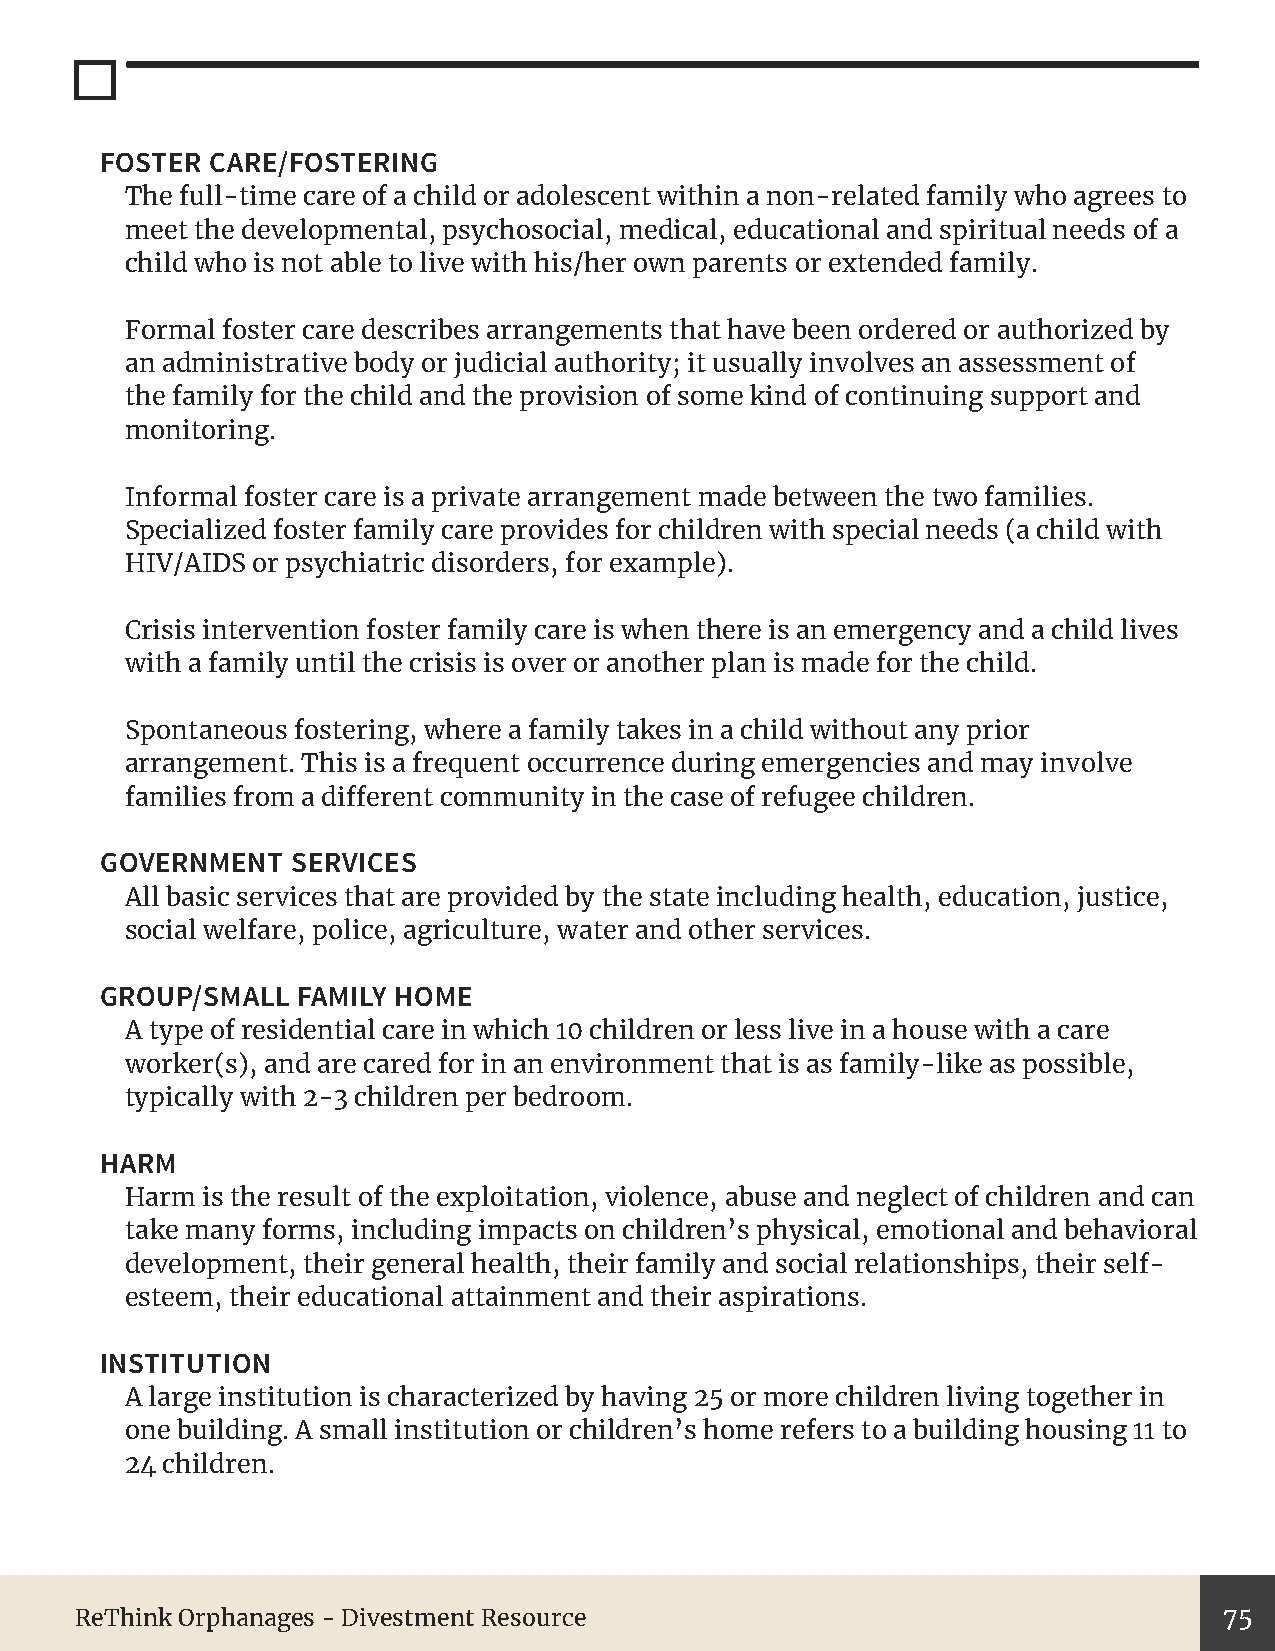
FOSTER CARE/FOSTERING
 The full-time care of a child or adolescent within a non-related family who agrees to
 meet the developmental, psychosocial, medical, educational and spiritual needs of a
 child who is not able to live with his/her own parents or extended family.
 Formal foster care describes arrangements that have been ordered or authorized by
 an administrative body or judicial authority; it usually involves an assessment of
 the family for the child and the provision of some kind of continuing support and
 monitoring.
 Informal foster care is a private arrangement made between the two families.
 Specialized foster family care provides for children with special needs (a child with
 HIV/AIDS or psychiatric disorders, for example).
 Crisis intervention foster family care is when there is an emergency and a child lives
 with a family until the crisis is over or another plan is made for the child.
 Spontaneous fostering, where a family takes in a child without any prior
 arrangement. This is a frequent occurrence during emergencies and may involve
 families from a different community in the case of refugee children.
 GOVERNMENT  SERVICES
 All basic services that are provided by the state including health, education, justice,
 social welfare, police, agriculture, water and other services.
 GROUP/SMALL  FAMILY HOME
 A type of residential care in which 10 children or less live in a house with a care
 worker(s), and are cared for in an environment that is as family-like as possible,
 typically with 2-3 children per bedroom.
 HARM
 Harm is the result of the exploitation, violence, abuse and neglect of children and can
 take many forms, including impacts on children’s physical, emotional and behavioral
 development, their general health, their family and social relationships, their self-
 esteem, their educational attainment and their aspirations.
 INSTITUTION
 A large institution is characterized by having 25 or more children living together in
 one building. A small institution or children’s home refers to a building housing 11 to
 24 children.
 ReThink Orphanages - Divestment Resource                                    75